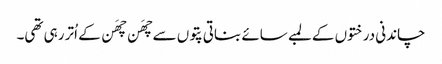
چاندنی درختوں کے لمبے سائے بناتی پتوں سے چھَن چھَن کے اُتر رہی تھی۔